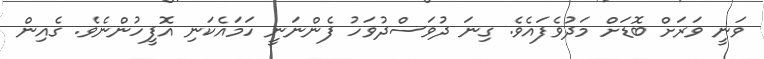
ވަނީ ވަރަށް ބޮޑަށް މަދުވެފައެވެ. ގިނަ ދުވަސްދުވަހު ފެންނަނީ ހަމައެކަނި އޮފީހުންނެވެ. ގެއިން